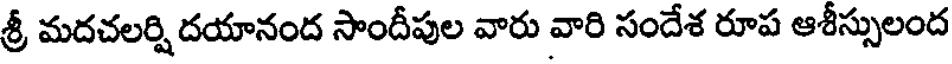
శ్రీ మదచలర్షి దయానంద సాందీపుల వారు వారి సందేశ రూప ఆశీస్సులంద